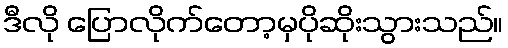
ဒီလို ပြောလိုက်တော့မှပိုဆိုးသွားသည်။